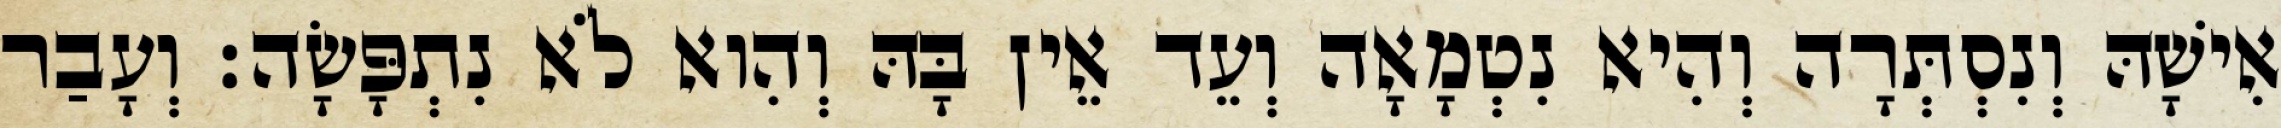
אִישָׁהּ וְנִסְתְּרָה וְהִיא נִטְמָאָה וְעֵד אֵין בָּהּ וְהִוא לֹא נִתְפָּשָׂה׃ וְעָבַר